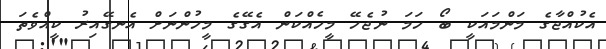
އެކުއްޖާގެ މަންމައަކީ ބޯ ހަމަ ނުޖެހޭ މީހެއްކަން އެގޭގެ މީހުންނަށް އެނގޭއިރު ކީއްވެތަ